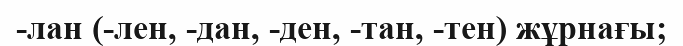
-лан (-лен, -дан, -ден, -тан, -тен) жұрнағы;